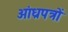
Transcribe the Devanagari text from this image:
आंध्रपत्रों